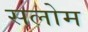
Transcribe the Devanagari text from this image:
सलोम